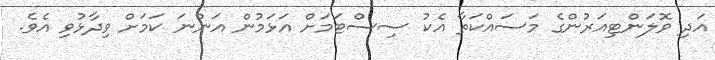
އަދި ވޮލަންޓިއަރުންގެ މަސައްކަތާ އެކު ސިސްޓަމަށް އަޅަމުން އަންނަ ކަމަށް ވިދާޅުވި އެވެ.